Annual report of the Bengal Veterinary College and of the Civil Veterinary Department, Bengal, for the year 1919-20 - 1919-1920
Year: 1919
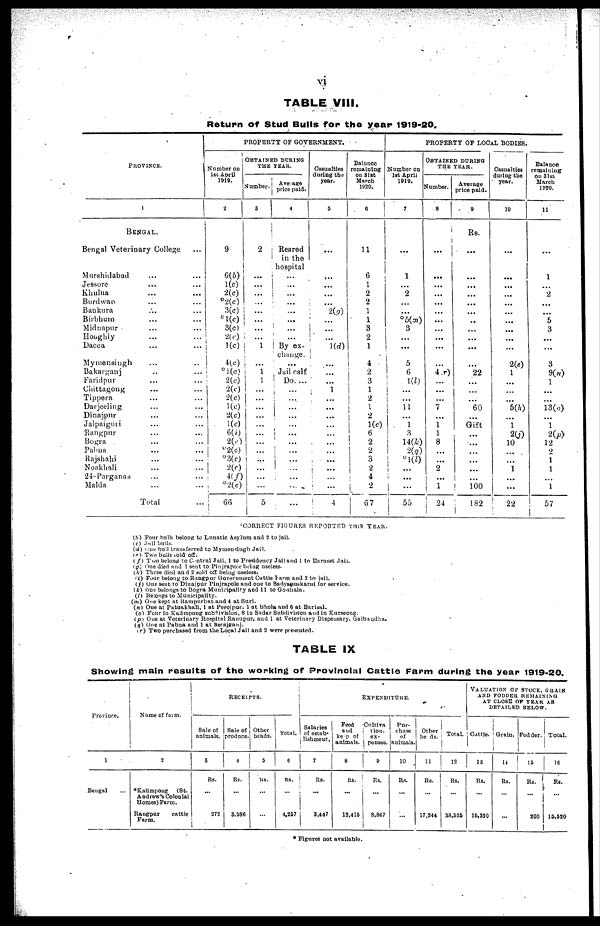
vi
TABLE VIII.
Return of Stud Bulls for the year 1919-20.
PROVINCE.
1
BENGALl.
Bengal Veterinary College ...
Murshidabad ... ...
Jessore ... ...
Khulna ... ...
Burdwan ... ...
Bankura ... ...
Birbhum .. ...
Midnapur ... ...
Hooghly ... ...
Dacca ... ...
Mymensingh ... ...
Bakarganj ... ...
Faridpur ... ...
Chittagong ... ...
Tippera ... ...
Darjeeling ... ...
Dinajpur ... ...
Jalpaiguri ... ...
Rangpur ... ...
Bogra ... ...
Pahna ... ...
Rajshahi ... ...
Noakhali ... ...
24-Parganas ... ...
Malda ... ...
Total ...
PROPERTY OF GOVERNMENT.
Number on
1st April
1919.
2
9
6(6)
1(c)
2(c)
º2(c)
3(c)
º 1(c)
3(c)
2(c)
1(c)
4(c)
º1(c)
2(c)
2(c)
2(c)
1(c)
2(c)
1(c)
6(0
2(c)
º2(c)
º3(c)
2(0
4(f)
º2(c)
66
OBTAINED DURING
THE YEAR.
Number
3
2
...
...
...
...
...
...
...
...
1
...
1
1
...
...
...
...
...
...
...
...
...
...
...
...
5
Average
price paid.
4
Reared
in the
hospital
...
...
...
...
...
...
...
...
By ex-
change.
...
Jail calf
Do. ...
...
...
...
...
...
...
...
...
...
1
...
...
...
Casualties
during the
year.
5
...
...
...
...
...
2(g)
...
...
...
1(d)
...
...
...
1
...
...
...
...
...
...
...
...
...
...
...
4
Balance
remaining
on 31st
March
1920.
6
11
6
1
2
2
1
1
3
2
1
4
2
3
1
2
1
2
1(c)
6 2
2
3
2
4
2
67
PROPERTY OF LOCAL BODIES.
Number on
1st April
1919.
7
...
1
...
2
...
...
º5(m)
3
...
...
5
6
1(l)
...
...
11
...
1
3
14(k)
2(q)
º1(l)
...
...
...
55
OBTAINED DURING
THE TEAR.
Number.
8
i
...
...
...
...
...
...
...
...
...
...
...
...
4.0
...
...
...
7
...
1
1
8
...
...
2
...
1
24
Average
price paid.
9
Rs.
...
...
...
...
...
...
..
...
...
...
...
22
...
...
...
60
...
Gift
...
...
...
...
...
...
100
182
Casualties
during the
year.
10
...
...
...
...
...
...
...
...
...
...
2(0
1
...
...
...
5(h)
...
1
2(j)
10
...
...
1
...
...
22
Balance
remaining
on 31st
March
1920.
11
...
1
...
2
...
...
5
3
...
...
3
9(n)
1
...
...
13(o)
...
1
2(p)
12
2
1
1
...
1
57
ºCORRECT FIGURES REPORTED THIS YEAR.
(b) Four bulls belong to Lunatic Asylum and 2 to jail.
(c) Jail bulls.
(d) One bull transferred to Mymensingh Jail.
(c) Two bulls told off.
(f) Two belong to Central Jail, 1 to Presidency Jail and 1 to Barnset Jail.
(g) One died and 1 sent to Pinjrapole being useless.
(h) Three died and 2 sold off being useless.
(i) Four belong to Rangpur Government Cattle Farm and 2 to jail.
(j) One sent to Dinajpur Pinjrapole and one to Sadyapuskarni for service.
(k) One belongs to Bogra Municipality and 11 to Go-shala.
(l) Belongs to Municipality.
(m) One kept at Rampurbat and 4 at Suri.
(n) One at Patuakhali, 1 at Perojpur, 1 at Bhola and 6 at Barisal.
(o) Four in Kalimpong subdivision, 8 in Sadar Subdivision and in Kurseong.
(p) One at Veterinary Hospital Ranupur, and 1 at Veterinary Dispensary, Gaibandha.
(q) One at Pabna and 1 at Serajganj.
(r) Two purchased from the Local Jail and 2 were presented.
TABLE IX
Showing main results of the working of Provincial Cattle Farm during the year 1919-20.
Province.
1
Bengal ...
Name of farm.
2
ºKalimpong
(St.
Andrew's Colonial
Homes) Farm.
Rangpur
cattle
Farm.
RECEIPTS.
Sale of
animals.
3
Rs.
...
272
Sale of
produce.
4
Rs.
...
3,986
Other
beads.
5
Rs.
...
...
Total.
6
Rs.
...
4,267
EXPENDITURE.
Salaries
of estab-
lishment,
7
Rs.
...
3,447
Feed
and
keep of
animals.
8
Rs.
...
12,415
Cultiva
tion.
ex-
penses.
9
Rs.
...
8,867
Pur-
chase
of
animals.
10
Rs.
...
...
Other
heads.
11
Rs.
...
17,244
Total.
12
Rs.
...
38,525
VALUATION OF STOCK, GRAIN
AND FODDER REMAINING
AT CLOSE OF YEAR AS
DETAILED BELOW.
Cattle.
13
Rs.
...
15,320
Grain.
14
Rs.
...
...
Fodder.
15
Rs.
...
200
Total.
16
Rs.
...
13,520
* Figures not available.